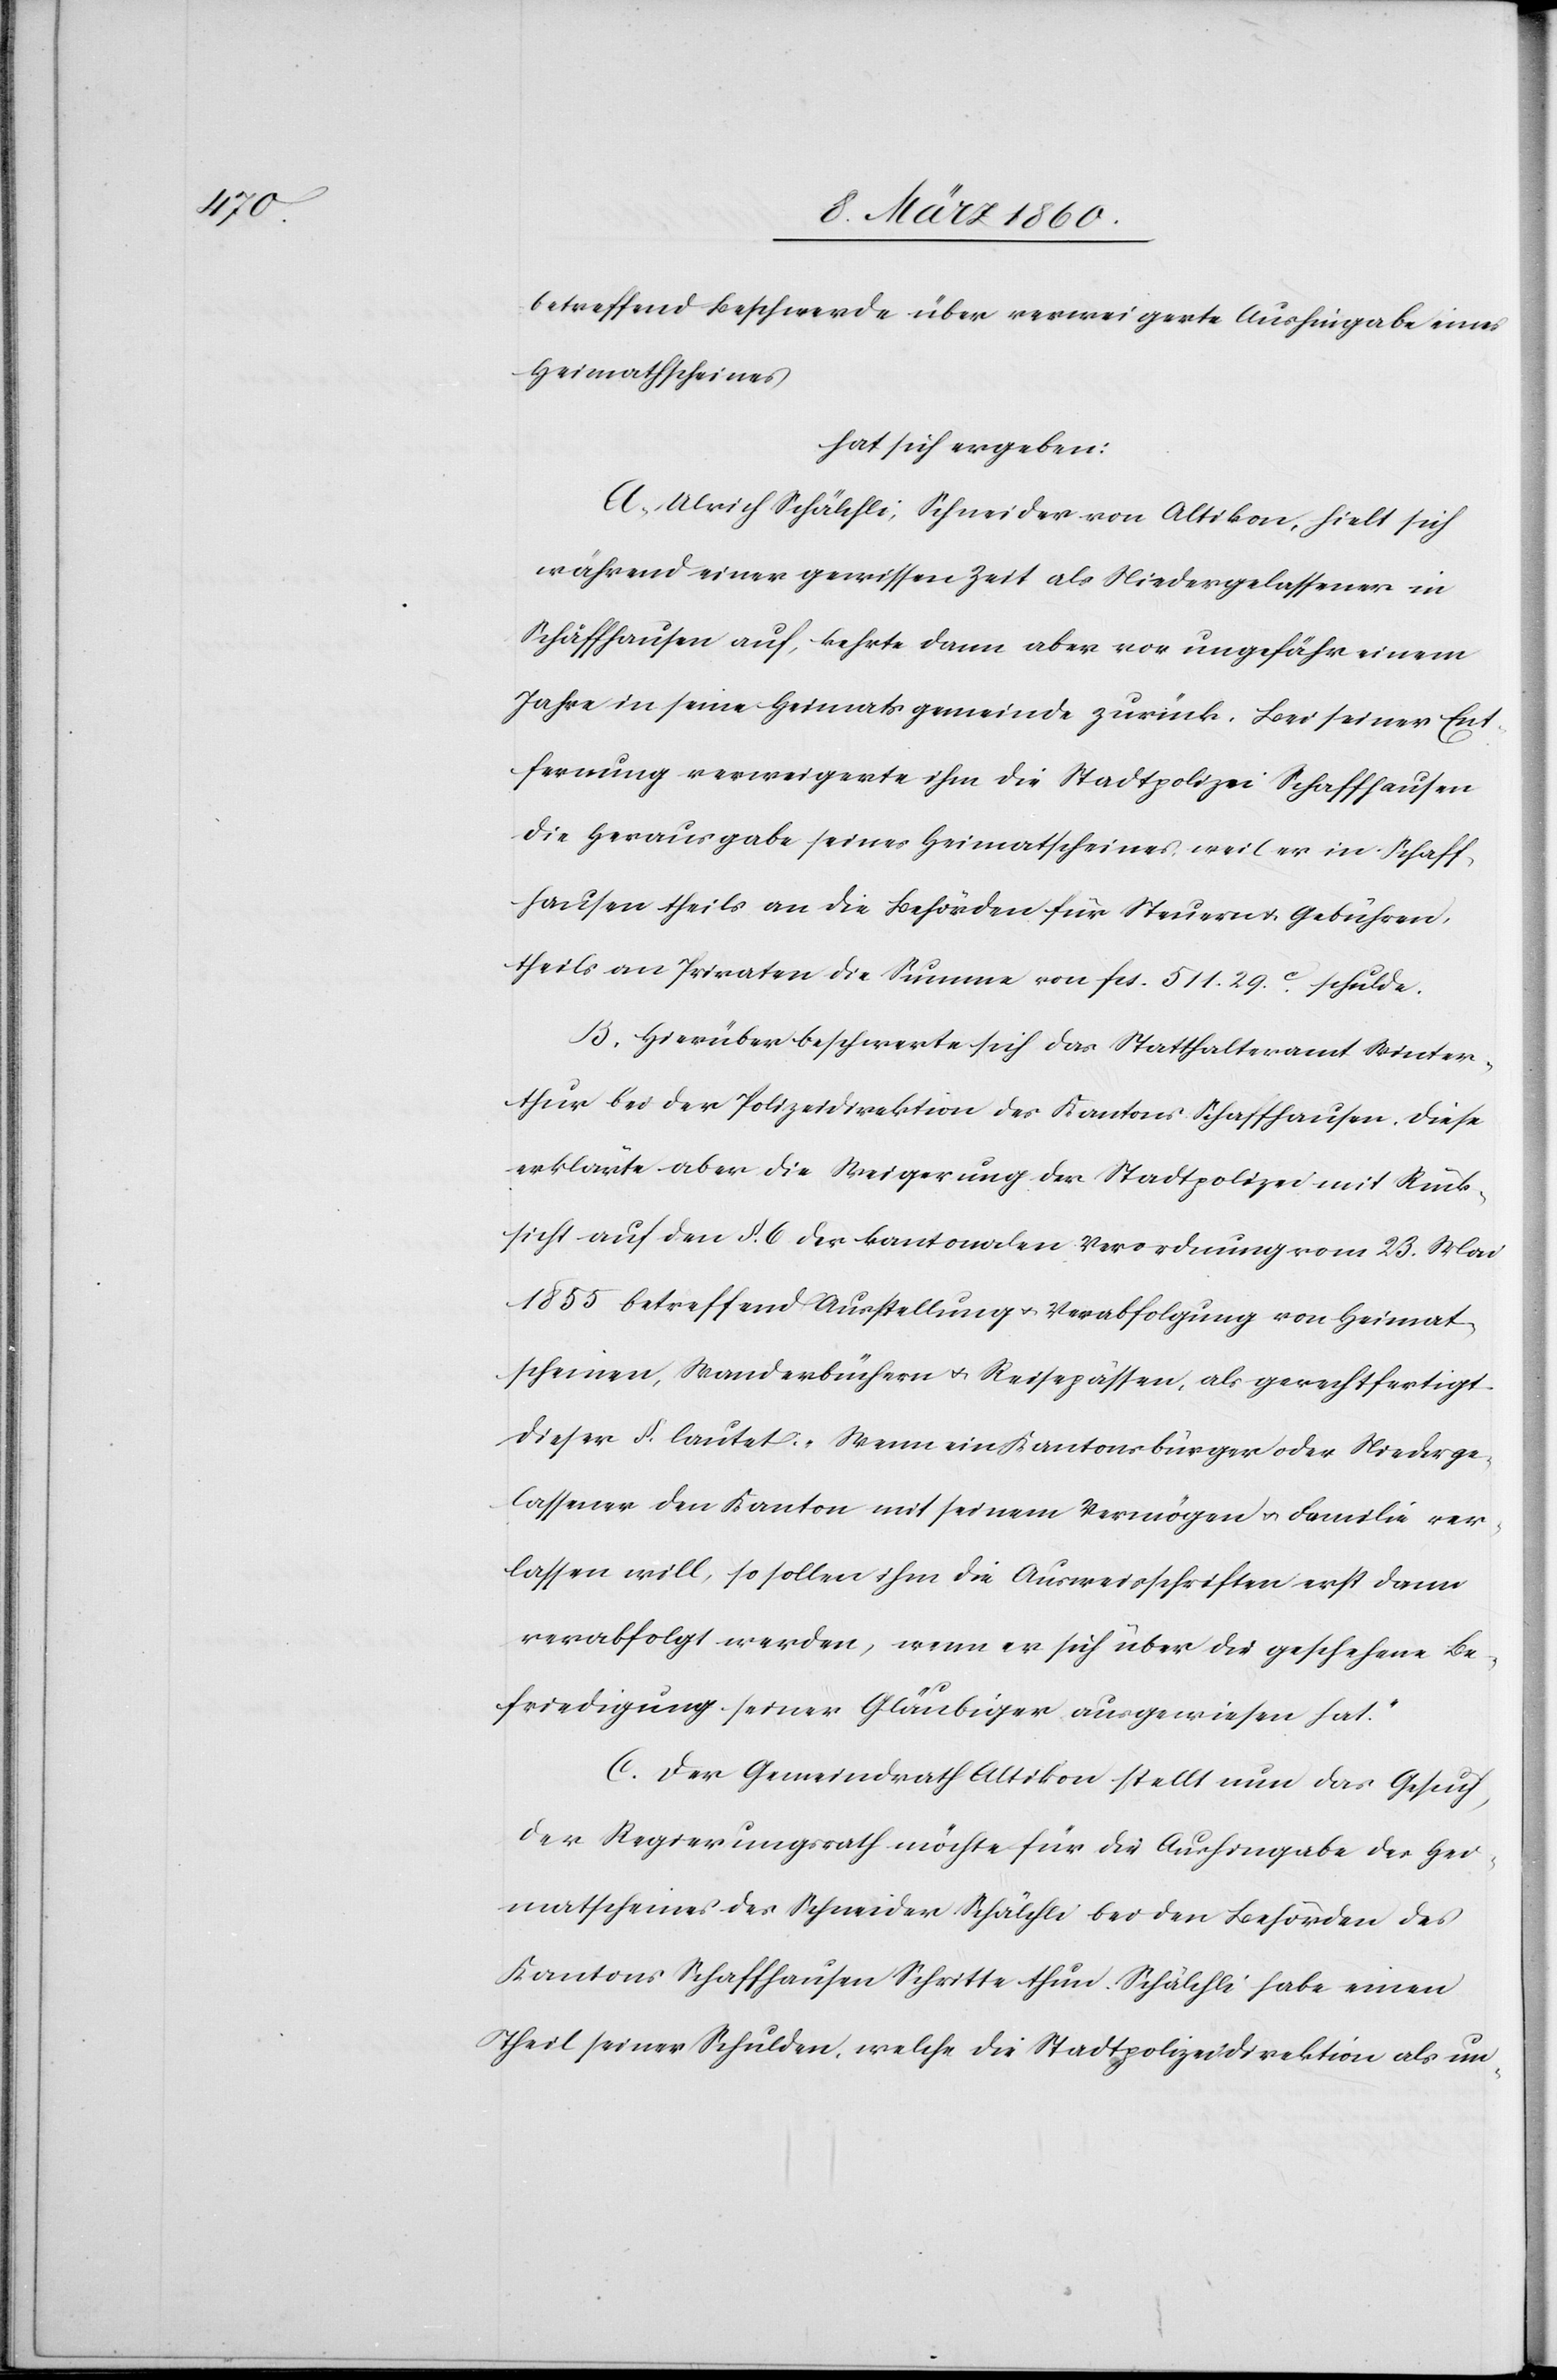
betreffend Beschwerde über verweigerte Aushingabe eines
Heimathscheines
hat sich ergebe:
A. Ulrich Schälchli, Schneider von Altikon, hielt sich
während einer gewissen Zeit als Niedergelassener in
Schaffhausen auf, kehrte dann aber vor ungefähr einem
Jahre in seine Heimatsgemeinde zurück. Bei seiner Ent¬
fernung verweigerte ihm die Stadtpolizei Schaffhausen
die Herausgabe seines Heimatscheines, weil er in Schaff¬
hausen theils an die Behörden für Steuern u. Gebühren,
theils an Privaten die Summe von fcs. 511 29C schulde.
B. Hierüber beschwerte sich das Statthalteramt Winter¬
thur bei der Polizeidirektion des Kantons Schaffhausen. Diese
erklärte aber die Weigerung der Stadtpolizei mit Rück¬
sicht auf den §. 6. der kantonalen Verordnung vom 23. Mai
1855 betreffend Ausstellung u. Verabfolgung von Heimat¬
scheinen, Standesbüchern u. Reisepässen, als gerechtfertigt.
Dieser §. lautet: [„]Wenn ein Kantonsbürger oder Niederge¬
lassener den Kanton mit seinem Vermögen u. Familie ver¬
lassen will, so sollen ihm die Ausweisschriften erst dann
verabfolgt werden, wenn er sich über die geschehene Be¬
friedung seiner Gläubiger ausgewiesen hat.“
C. Der Gemeindrath Altikon stellt nun das Gesuch,
der Regierungsrath möchte für die Aushingabe des Hei¬
matscheines des Schneider Schälchli bei den Behörden des
Kantons Schaffhausen Schritte thun. Schälchli habe einen
Theil seiner Schulden, welche die Stadtpolizeidirektion als un-